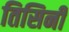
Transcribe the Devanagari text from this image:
तिसिनी